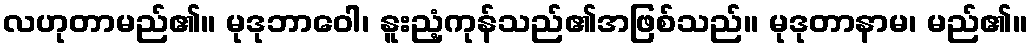
လဟုတာမည်၏။ မုဒုဘာဝေါ၊ နူးညံ့ကုန်သည်၏အဖြစ်သည်။ မုဒုတာနာမ၊ မည်၏။